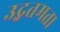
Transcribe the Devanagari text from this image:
उद्गतमता